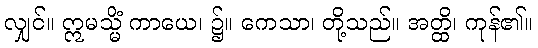
လျှင်။ ဣမသ္မိံ ကာယေ၊ ၌။ ကေသာ၊ တို့သည်။ အတ္ထိ၊ ကုန်၏။